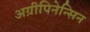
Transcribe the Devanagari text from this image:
अग्रीपिनेन्सिन